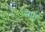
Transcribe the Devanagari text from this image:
प्त्रात